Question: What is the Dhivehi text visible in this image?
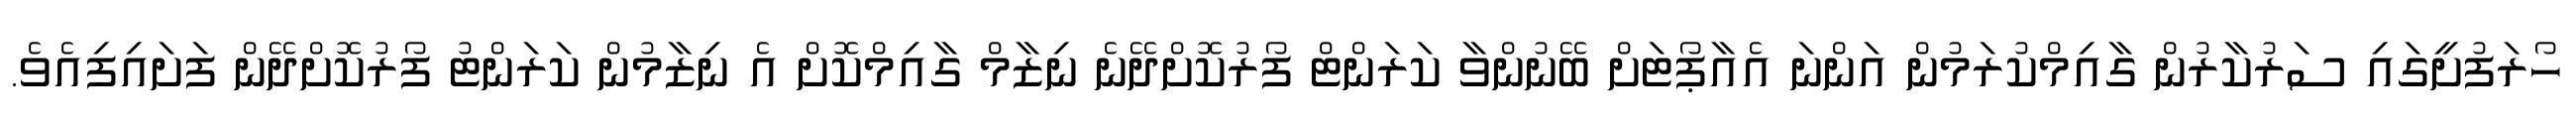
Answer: ހޯރަފުށީގައި ސަރުކާރުން ގާއިމްކުރަމުން އަންނަ އެއާޕޯޓަށް ބޭނުންވާ ކަރަންޓް ފޯރުކޮށްދޭނެ ނިޒާމް ގާއިމްކޮށް އެ ނިޒާމުން ކަރަންޓު ފޯރުކޮށްދޭން ފަށައިފިއެވެ.